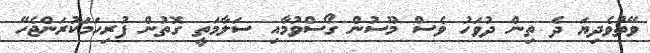
ވޭތުވެދިޔަ ދެ ތިން ދުވަހު ވެސް މޫސުން ގޯސްވުމާއި ސަލާމަތީ ގޮތުން ފުރިހަމަކުރަންޖެހޭ